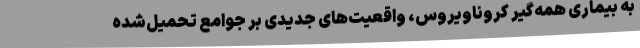
به بیماری همه‌گیر کروناویروس، واقعیت‌های جدیدی بر جوامع تحمیل‌شده